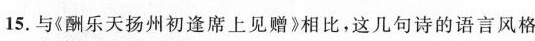
15.与《酬乐天扬州初逢席上见赠》相比，这几句诗的语言风格